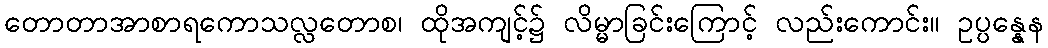
တောတာအာစာရကောသလ္လတောစ၊ ထိုအကျင့်၌ လိမ္မာခြင်းကြောင့် လည်းကောင်း။ ဥပ္ပန္နေန